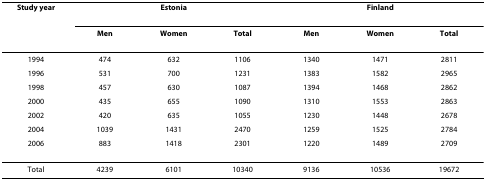
| Study year | <COLSPAN=3> Estonia | <COLSPAN=3> Finland |
 |  | Men | Women | Total | Men | Women | Total |
 | --- | --- | --- | --- | --- | --- | --- |
 | 1994 | 474 | 632 | 1106 | 1340 | 1471 | 2811 |
 | 1996 | 531 | 700 | 1231 | 1383 | 1582 | 2965 |
 | 1998 | 457 | 630 | 1087 | 1394 | 1468 | 2862 |
 | 2000 | 435 | 655 | 1090 | 1310 | 1553 | 2863 |
 | 2002 | 420 | 635 | 1055 | 1230 | 1448 | 2678 |
 | 2004 | 1039 | 1431 | 2470 | 1259 | 1525 | 2784 |
 | 2006 | 883 | 1418 | 2301 | 1220 | 1489 | 2709 |
 | Total | 4239 | 6101 | 10340 | 9136 | 10536 | 19672 |